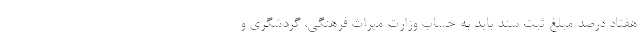
هفتاد درصد مبلغ ثبت سند باید به حساب وزارت میراث فرهنگی، گردشگری و